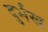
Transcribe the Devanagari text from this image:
दुर्भख